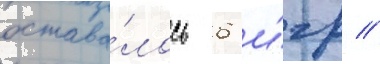
остава́лось 6 и́гр //